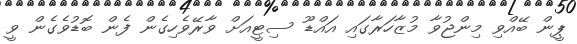
ޕީން ބޭއްވި މިންޖުވާ މުޒާހަރާގައި އައްޑޫ ސިޓީއަށް ވާރޭވެހިގެން ފެން ބޮޑުވެގެން ވީ